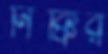
নিক্কির